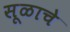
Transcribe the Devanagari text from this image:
सूळाचे